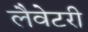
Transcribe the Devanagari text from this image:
लैवेटरी